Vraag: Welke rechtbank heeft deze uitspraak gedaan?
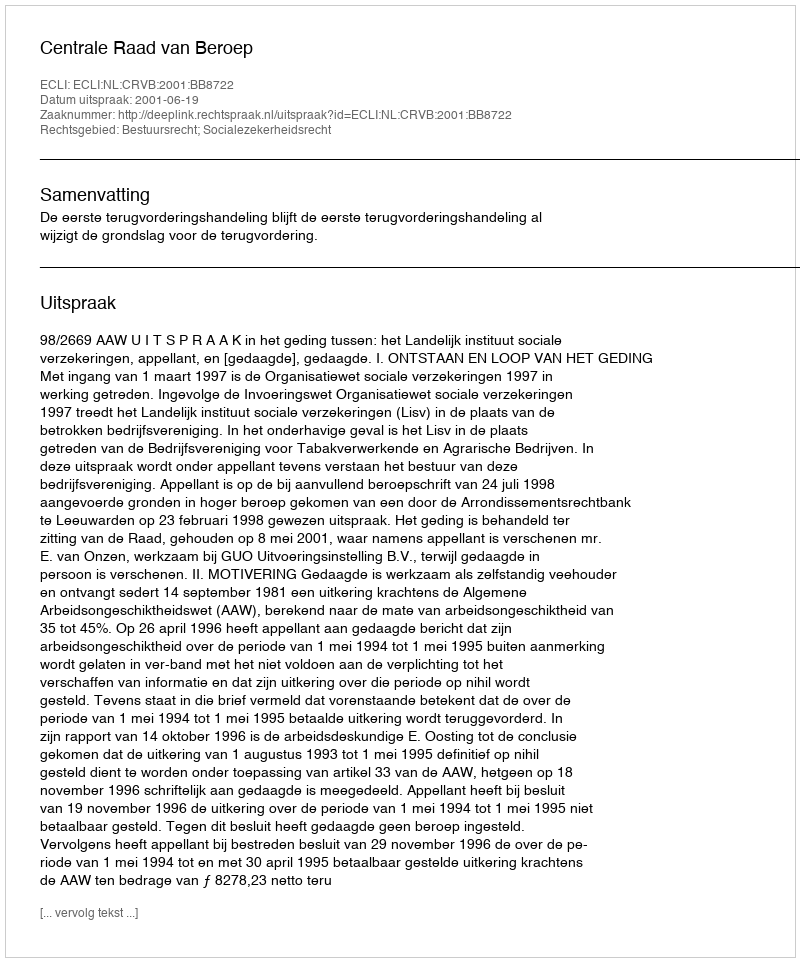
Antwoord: Centrale Raad van Beroep